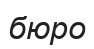
бюро